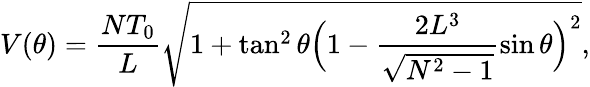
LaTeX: V(\theta)=\frac{NT_{0}}{L}\sqrt{1+\tan^{2}{\theta}\Bigl(1-\frac{2L^{3}}{\sqrt{N^{2}-1}}\sin{\theta}\Bigr)^{2}},